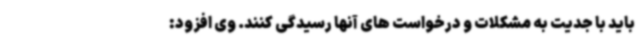
باید با جدیت به مشکلات و درخواست های آنها رسیدگی کنند. وی افزود: